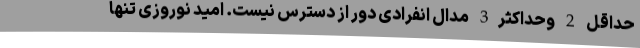
حداقل 2 وحداکثر3 مدال انفرادی دور از دسترس نیست. امید نوروزی تنها